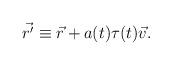
LaTeX: \begin{align*}\vec {r'} \equiv \vec r + a(t) \tau(t) \vec v.\end{align*}